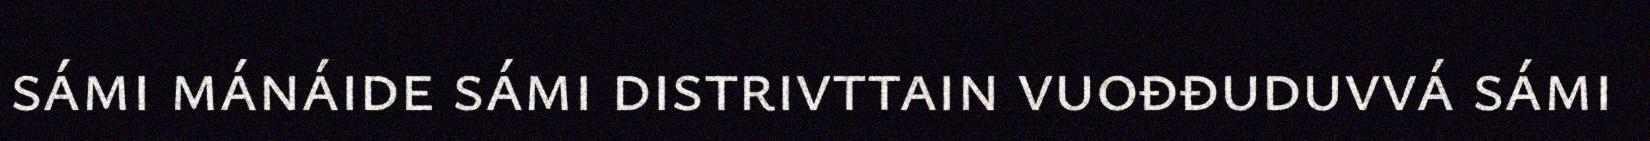
sámi mánáide sámi distrivttain vuođđuduvvá sámi